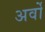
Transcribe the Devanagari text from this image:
अर्वो